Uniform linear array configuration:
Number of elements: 16
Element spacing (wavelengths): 1
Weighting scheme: cosine
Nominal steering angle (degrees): -15
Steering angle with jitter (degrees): -14.772
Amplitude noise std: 0.05
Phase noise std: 0.05

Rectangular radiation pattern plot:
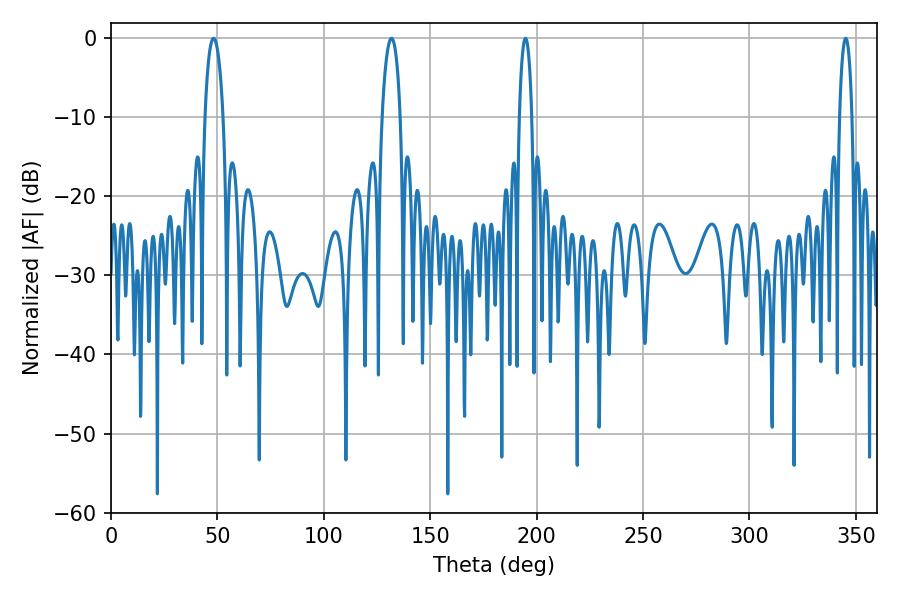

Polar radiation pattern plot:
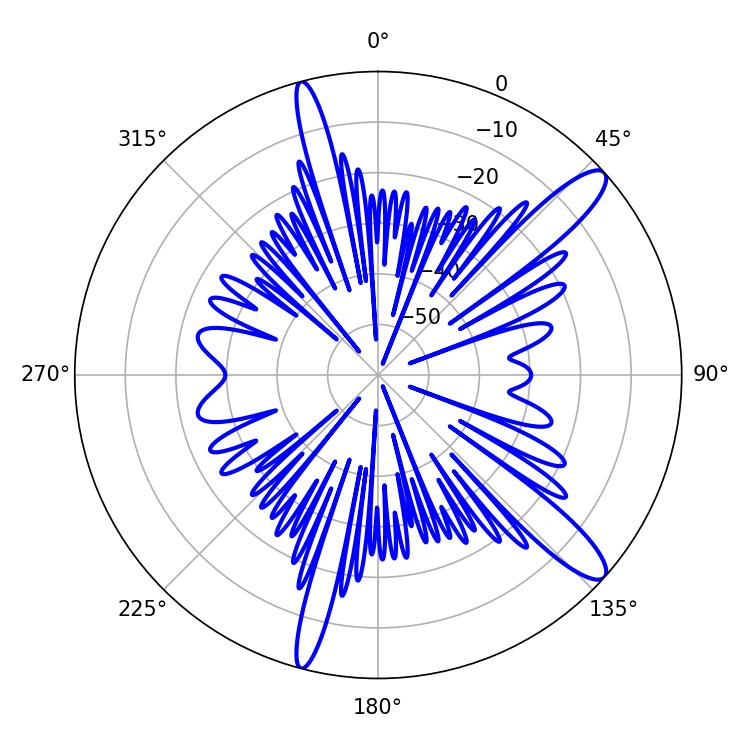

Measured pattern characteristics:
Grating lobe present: TRUE
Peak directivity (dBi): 12.784
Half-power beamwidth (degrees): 3.24
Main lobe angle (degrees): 194.76